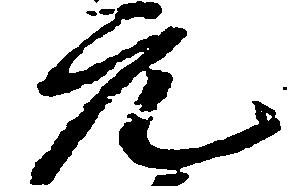
元